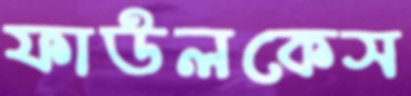
ফাউলকেস